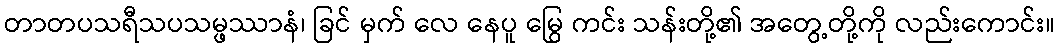
တာတပသရီသပသမ္ဖဿာနံ၊ ခြင် မှက် လေ နေပူ မြွေ ကင်း သန်းတို့၏ အတွေ့တို့ကို လည်းကောင်း။